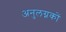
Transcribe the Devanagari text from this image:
अनुलग्नकों